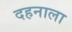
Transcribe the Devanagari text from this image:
दहनाला